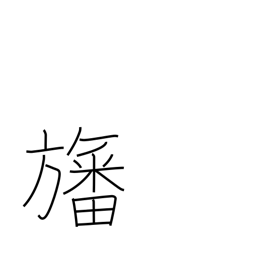
Meaning: flag